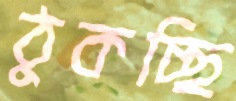
ঠুকচ্ছি